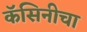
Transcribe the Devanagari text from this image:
कॅसिनीचा